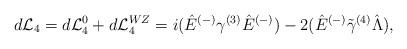
LaTeX: \begin{align*}d{\cal L}_4 = d{\cal L}^0_4 + d {\cal L}^{WZ}_4 = i(\hat{E}^{(-)} \gamma^{(3)} \hat{E}^{(-)}) -2(\hat{E}^{(-)} \tilde\gamma^{(4)} \hat{\Lambda}),\end{align*}